Investigations on Bengal jail dietaries - Number 37
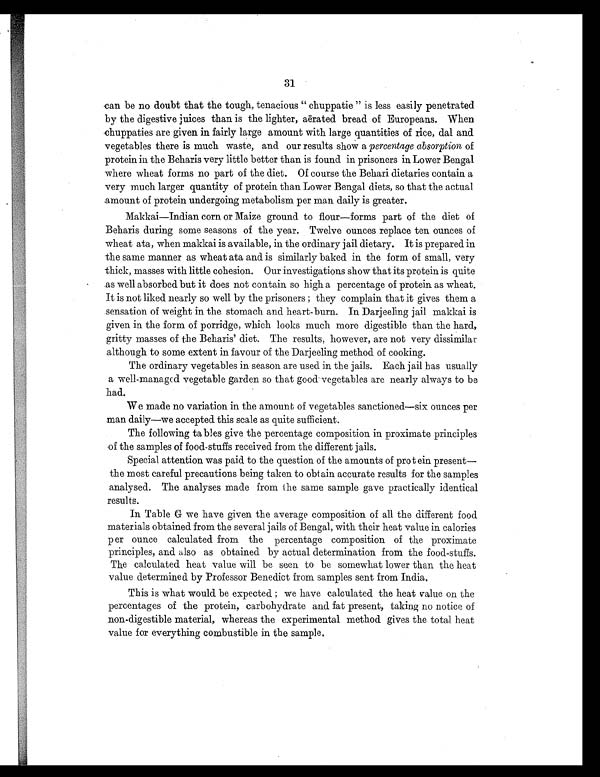
31
can be no doubt that the tough, tenacious " chuppatie " is less easily penetrated
by the digestive juices than is the lighter, aërated bread of Europeans. When
chuppaties are given in fairly large amount with large quantities of rice, dal and
vegetables there is much waste, and our results show a percentage absorption of
protein in the Beharis very little better than is found in prisoners in Lower Bengal
where wheat forms no part of the diet. Of course the Behari dietaries contain a
very much larger quantity of protein than Lower Bengal diets, so that the actual
amount of protein undergoing metabolism per man daily is greater.
Makkai—Indian corn or Maize ground to flour—forms part of the diet of
Beharis during some seasons of the year. Twelve ounces replace ten ounces of
wheat ata, when makkai is available, in the ordinary jail dietary. It is prepared in
the same manner as wheat ata and is similarly baked in the form of small, very
thick, masses with little cohesion. Our investigations show that its protein is quite
as well absorbed but it does not contain so high a percentage of protein as wheat.
It is not liked nearly so well by the prisoners ; they complain that it gives them a
sensation of weight in the stomach and heart-burn. In Darjeeling jail makkai is
given in the form of porridge, which looks much more digestible than the hard,
gritty masses of the Beharis' diet. The results, however, are not very dissimilar
although to some extent in favour of the Darjeeling method of cooking.
The ordinary vegetables in season are used in the jails. Each jail has usually
a well-managed vegetable garden so that good vegetables are nearly always to be
had.
We made no variation in the amount of vegetables sanctioned—six ounces per
man daily—we accepted this scale as quite sufficient.
The following tables give the percentage composition in proximate principles
of the samples of food-stuffs received from the different jails.
Special attention was paid to the question of the amounts of protein present—
the most careful precautions being taken to obtain accurate results for the samples
analysed. The analyses made from the same sample gave practically identical
results.
In Table G we have given the average composition of all the different food
materials obtained from the several jails of Bengal, with their heat value in calories
per ounce calculated from the percentage composition of the proximate
principles, and also as obtained by actual determination from the food-stuffs.
The calculated heat value will be seen to be somewhat lower than the heat
value determined by Professor Benedict from samples sent from India.
This is what would be expected : we have calculated the heat value on the
percentages of the protein, carbohydrate and fat present, taking no notice of
non-digestible material, whereas the experimental method gives the total heat
value for everything combustible in the sample.